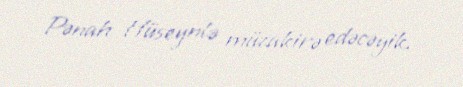
Pənah Hüseynlə müzakirə edəcəyik.